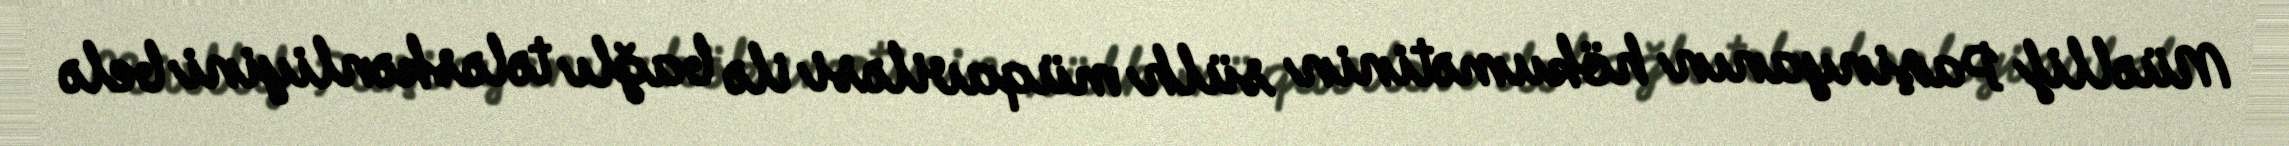
Müəllif Paşinyanın hökumətinin sülh müqaviləsi ilə bağlı tələskənliyini belə